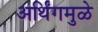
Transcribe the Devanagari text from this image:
अर्थिंगमुळे